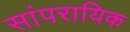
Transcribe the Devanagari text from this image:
सांपरायिक